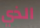
الذي